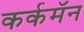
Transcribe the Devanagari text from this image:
कर्कमॅन